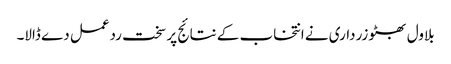
بلاول بھٹو زرداری نے انتخاب کے نتائج پر سخت ردعمل دے ڈالا۔